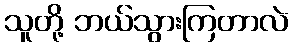
သူတို့ ဘယ်သွားကြတာလဲ